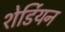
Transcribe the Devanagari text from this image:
शेर्डियन